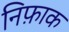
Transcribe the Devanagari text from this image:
निफ़ाक